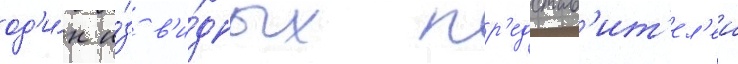
од'и́н и́з в'и́дных пр'едстав'ит'ел'еи